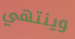
وينتهي